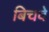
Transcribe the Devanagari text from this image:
बिचवे